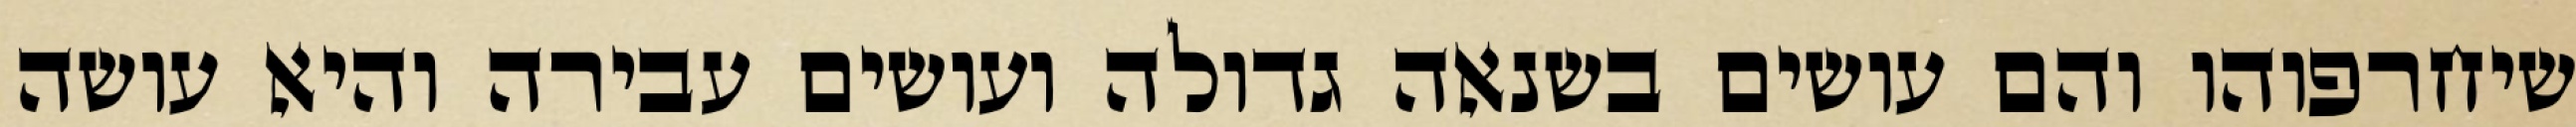
שיחרפוהו והם עושים בשנאה גדולה ועושים עבירה והיא עושה